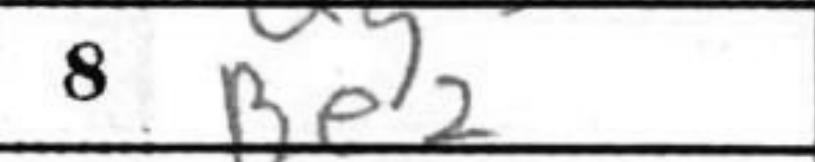
Transcription: Be2